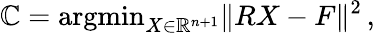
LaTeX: \mathbb{C}=\mathrm{{argmin}}_{X\in\mathbb{{R}}^{n+1}}\| RX-F\| ^{2}\, ,